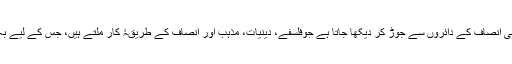
اکثر انصاف کے عمومی تذکرے کو سماجی انصاف کے دائروں سے جوڑ کر دیکھا جاتا ہے جوفلسفے، دینیات، مذہب اور انصاف کے طریقۂ کار ملتے ہیں، جس کے لیے بہ طور خاص قانون کا مطالعہ کیا جاتا ہے۔